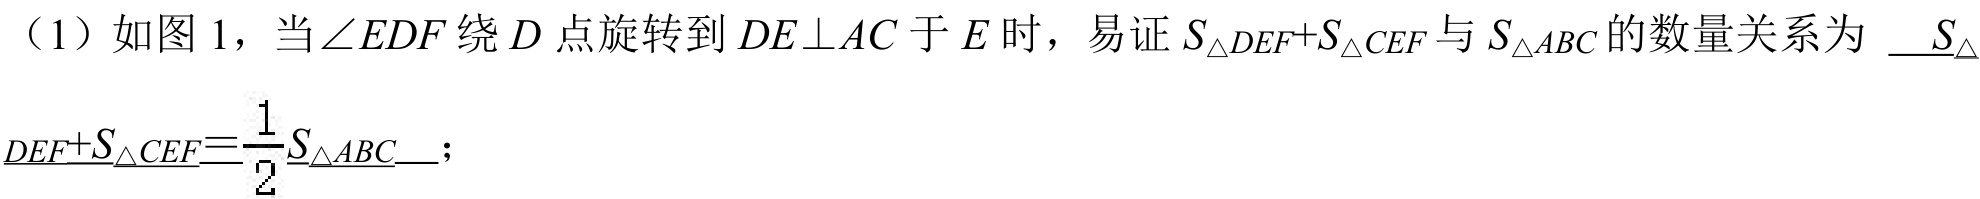
（1）如图 1，当$\angle EDF$绕$D$点旋转到$DE\perp AC$于$E$时，易证$S_{\triangle DEF}+S_{\triangle CEF}$与$S_{\triangle ABC}$的数量关系为  \_\_$S_{\triangle }$\\
$_{DEF}+S_{\triangle CEF}=\dfrac{1}{2}S_{\triangle ABC}$\_\_；